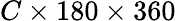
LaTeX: C\times 180\times 360